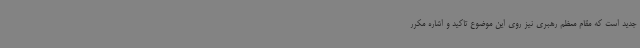
جدید است که مقام معظم رهبری نیز روی این موضوع تاکید و اشاره مکرر